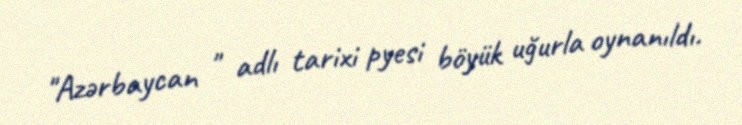
"Azərbaycan " adlı tarixi pyesi böyük uğurla oynanıldı.